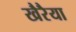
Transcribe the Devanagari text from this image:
खैरैया